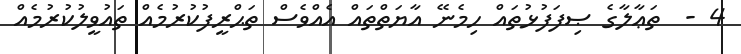
4 -  ތަޢާލާގެ ޞިފަފުޅުތައް ހިމެނޭ އާޔަތްތައް އެއްވެސް ތަޙްރީފުކުރުމެއް ތައުވީލުކުރުމެއް